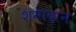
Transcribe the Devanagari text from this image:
शमादान